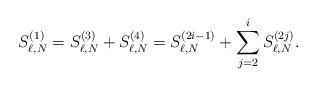
\begin{align*}S^{(1)}_{\ell,N}= S^{(3)}_{\ell,N}+S^{(4)}_{\ell,N}=S^{(2i-1)}_{\ell,N}+\sum_{j=2}^iS^{(2j)}_{\ell,N}.\end{align*}